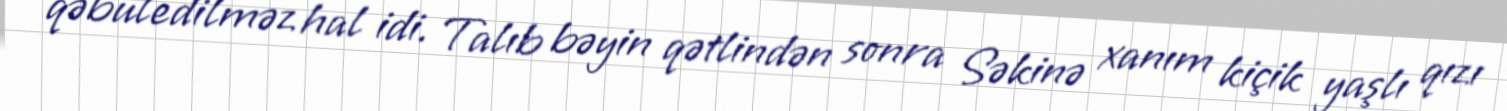
qəbuledilməz hal idi. Talıb bəyin qətlindən sonra Səkinə xanım kiçik yaşlı qızı